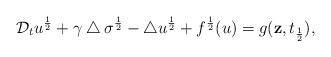
LaTeX: \begin{align*}\mathcal{D}_tu^{\frac12}+\gamma\bigtriangleup \sigma^{\frac12}-\bigtriangleup u^{\frac12}+f^{\frac12}(u)=g(\textbf{z},t_{\frac12}),\end{align*}